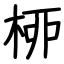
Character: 桺